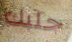
جلبك